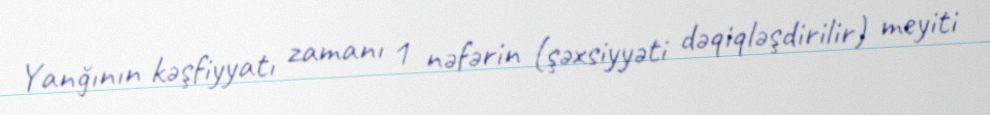
Yanğının kəşfiyyatı zamanı 1 nəfərin (şəxsiyyəti dəqiqləşdirilir) meyiti